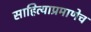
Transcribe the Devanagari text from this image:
साहित्याप्रमाणेच